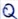
Text: Q